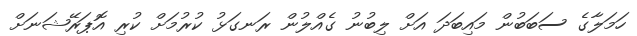
ހަމަލާގެ ސަބަބުން މައިބަދަ އަށް ލިބުނު ގެއްލުން ރަނގަޅު ކުރުމަށް ކުރި އޮޕަރޭޝަނަަށް